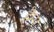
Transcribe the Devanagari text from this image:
हैम्प